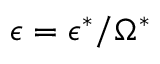
\epsilon = \epsilon ^ { * } / \Omega ^ { * }